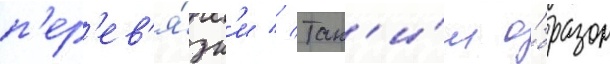
п'ер'ев'я́зк'и // Так'и́м о́бразом